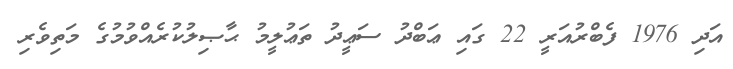
އަދި 1976 ފެބްރުއަރީ 22 ގައި ޢަބްދު ސަޢީދު ތަޢުލީމު ޙާޞިލުކުރެއްވުމުގެ މަތިވެރި